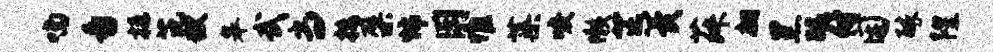
喃番挺芘狱皋武当接檗怖用惟蕖唳懒芒冀菽翩黑醵付困醉隍